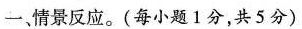
一、情景反应。(每小题1分，共5分)